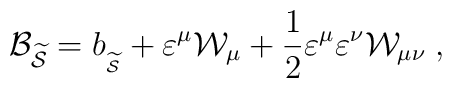
{\cal B}_{\widetilde{{\cal S}}}=b_{_{\widetilde{{\cal S}}}}+\varepsilon ^\mu {\cal W}_\mu +\frac 12\varepsilon ^\mu \varepsilon ^\nu {\cal W}_{\mu \nu}\;,